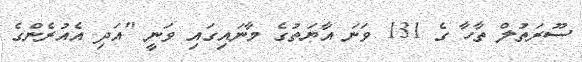
ސޫރަތުލް ތާހާ ގެ 131 ވަނަ އާޔަތުގެ މާނައިގައި ވަނީ "އަދި އެއުރެންގެ